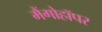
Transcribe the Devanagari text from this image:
मैंगोहॉपर